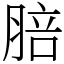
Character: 䏽